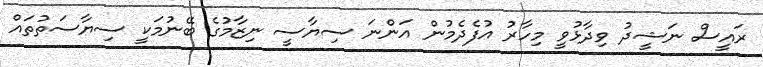
ރައީސް ނަޝީދު ވިދާޅުވީ މިހާރު އުފެދެމުން އަންނަ ސިޔާސީ ނިޒާމުގެ ބޭނުމަކީ ސިޔާސަތުތައް